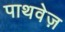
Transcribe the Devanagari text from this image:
पाथवेज़